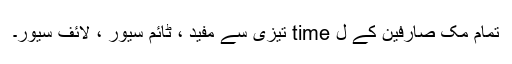
تمام مک صارفین کے ل time تیزی سے مفید ، ٹائم سیور ، لائف سیور۔